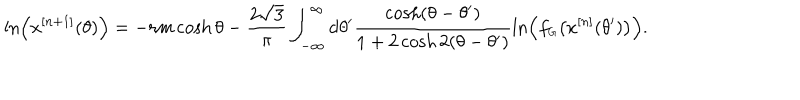
\ln \left( x ^ { [ n + 1 ] } ( \theta ) \right) = - r m \cosh \theta - \frac { 2 \sqrt { 3 } } { \pi } \int _ { - \infty } ^ { \infty } \mathrm { d } \theta ^ { \prime } \frac { \cosh ( \theta - \theta ^ { \prime } ) } { 1 + 2 \cosh 2 ( \theta - \theta ^ { \prime } ) } \ln \left( f _ { \scriptscriptstyle G } \bigl ( x ^ { [ n ] } ( \theta ^ { \prime } ) \bigr ) \right) .